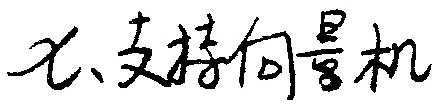
七、支持向量机